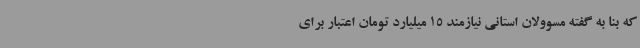
که بنا به گفته مسوولان استانی نیازمند 15 میلیارد تومان اعتبار برای